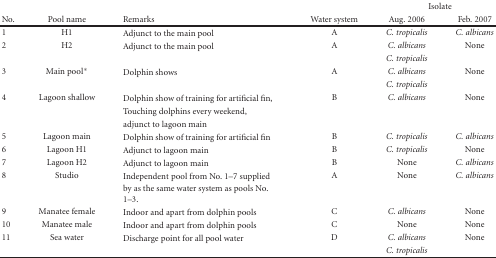
<table><thead><tr><td></td><td></td><td></td><td></td><td colspan="2"><b>Isolate</b></td></tr><tr><td><b>No.</b></td><td><b>Pool name</b></td><td><b>Remarks</b></td><td><b>Water system</b></td><td><b>Aug. 2006</b></td><td><b>Feb. 2007</b></td></tr></thead><tbody><tr><td>1</td><td>H1</td><td>Adjunct to the main pool</td><td>A</td><td><i>C. tropicalis</i></td><td><i>C. albicans</i></td></tr><tr><td>2</td><td>H2</td><td>Adjunct to the main pool</td><td>A</td><td><i>C. albicans</i></td><td>None</td></tr><tr><td></td><td></td><td></td><td></td><td><i>C. tropicalis</i></td><td></td></tr><tr><td>3</td><td>Main pool*</td><td>Dolphin shows</td><td>A</td><td><i>C. albicans</i></td><td>None</td></tr><tr><td></td><td></td><td></td><td></td><td><i>C. tropicalis</i></td><td></td></tr><tr><td>4</td><td>Lagoon shallow</td><td>Dolphin show of training for artificial fin,</td><td>B</td><td><i>C. albicans</i></td><td>None</td></tr><tr><td></td><td></td><td>Touching dolphins every weekend,</td><td></td><td></td><td></td></tr><tr><td></td><td></td><td>adjunct to lagoon main</td><td></td><td></td><td></td></tr><tr><td>5</td><td>Lagoon main</td><td>Dolphin show of training for artificial fin</td><td>B</td><td><i>C. tropicalis</i></td><td><i>C. albicans</i></td></tr><tr><td>6</td><td>Lagoon H1</td><td>Adjunct to lagoon main</td><td>B</td><td><i>C. tropicalis</i></td><td>None</td></tr><tr><td>7</td><td>Lagoon H2</td><td>Adjunct to lagoon main</td><td>B</td><td>None</td><td><i>C. albicans</i></td></tr><tr><td>8</td><td>Studio</td><td>Independent pool from No. 1–7 supplied</td><td>A</td><td>None</td><td><i>C. albicans</i></td></tr><tr><td></td><td></td><td>by as the same water system as pools No. 1–3.</td><td></td><td></td><td></td></tr><tr><td>9</td><td>Manatee female</td><td>Indoor and apart from dolphin pools</td><td>C</td><td><i>C. albicans</i></td><td>None</td></tr><tr><td>10</td><td>Manatee male</td><td>Indoor and apart from dolphin pools</td><td>C</td><td>None</td><td>None</td></tr><tr><td>11</td><td>Sea water</td><td>Discharge point for all pool water</td><td>D</td><td><i>C. albicans</i></td><td>None</td></tr><tr><td></td><td></td><td></td><td></td><td><i>C. tropicalis</i></td><td></td></tr></tbody></table>